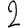
Digit: 2